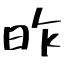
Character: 昨